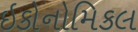
ઇકોનોમિકલ